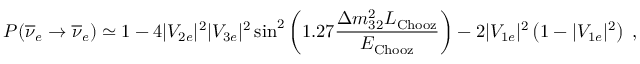
P ( \overline { { { \nu } } } _ { e } \rightarrow \overline { { { \nu } } } _ { e } ) \simeq 1 - 4 | V _ { 2 e } | ^ { 2 } | V _ { 3 e } | ^ { 2 } \sin ^ { 2 } \left( 1 . 2 7 \frac { \Delta m _ { 3 2 } ^ { 2 } L _ { \mathrm { C h o o z } } } { E _ { \mathrm { C h o o z } } } \right) - 2 | V _ { 1 e } | ^ { 2 } \left( 1 - | V _ { 1 e } | ^ { 2 } \right) \; ,